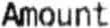
AMOUNT